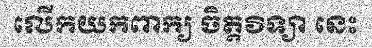
លើកយកពាក្យ ចិត្តវិទ្យា នេះ